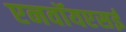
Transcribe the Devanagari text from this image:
एनवॉयएसई